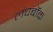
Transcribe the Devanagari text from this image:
लंचबॉक